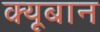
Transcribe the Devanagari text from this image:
क्यूबान